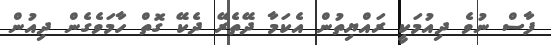
ފާސް ނުވެ ދިއުމަކީ ރައްޔިތުން އެކަމާ ދޭތެރޭ ދެކޭ ގޮތް ހާމަވެގެން ދިއުން